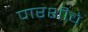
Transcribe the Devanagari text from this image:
पारशीचे